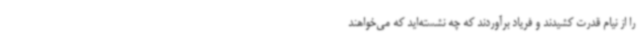
را از نیام قدرت کشیدند و فریاد برآوردند که چه نشسته‌اید که می‌خواهند